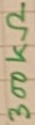
Text: 300kΩ